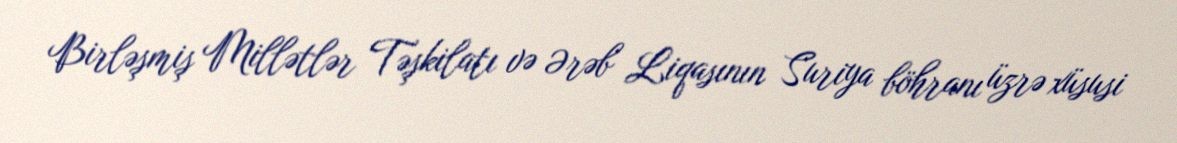
Birləşmiş Millətlər Təşkilatı və Ərəb Liqasının Suriya böhranı üzrə xüsusi